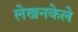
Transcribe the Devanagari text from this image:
लेखनकेले